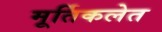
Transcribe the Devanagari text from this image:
मूर्तिकलेत